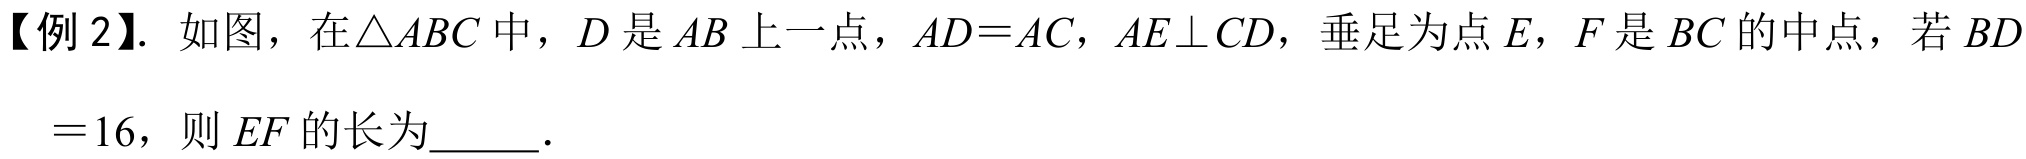
【例 2】. 如图，在\(\triangle ABC\)中，\(D\)是\(AB\)上一点，\(AD = AC\)，\(AE\perp CD\)，垂足为点\(E\)，\(F\)是\(BC\)的中点，若\(BD = 16\)，则\(EF\)的长为  ．